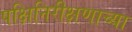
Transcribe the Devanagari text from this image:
पक्षिनिरीक्षणाच्या